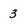
Character: 3